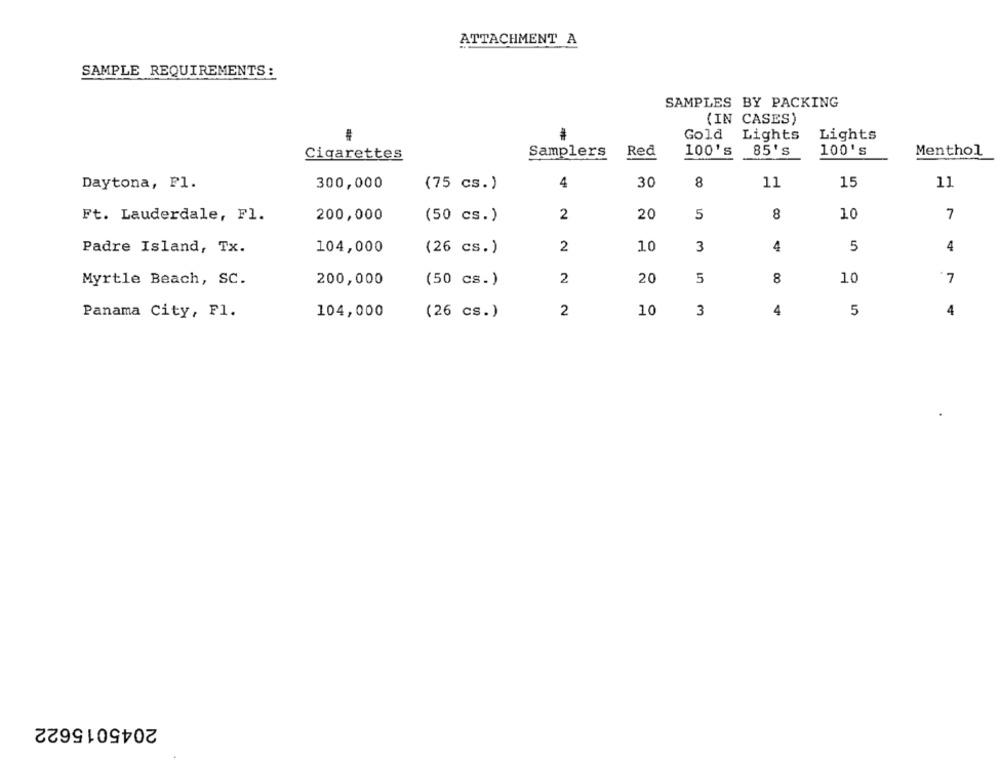
ATTACHMENT A
SAMPLE REQUIREMENTS:
SAMPLES BY PACKING
(IN CASES)
Gold
Lights
Lights
Samplers
Red
100's
85's
100's
Menthol
Cigarettes
30
8
11
11
Daytona, Pl.
300,000
(75 cs.)
4
15
8
Ft. Lauderdale, Fl.
200,000
(50 cs.)
2
20
5
10
7
Padre Island, Tx.
104,000
(26 cs.)
2
10
3
4
5
4
Myrtle Beach, SC.
200,000
2
20
5
8
10
7
(50 cs.)
Panama City, Fl.
2
10
3
4
5
4
104,000
(26 cs.)
2045015622